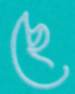
ছে